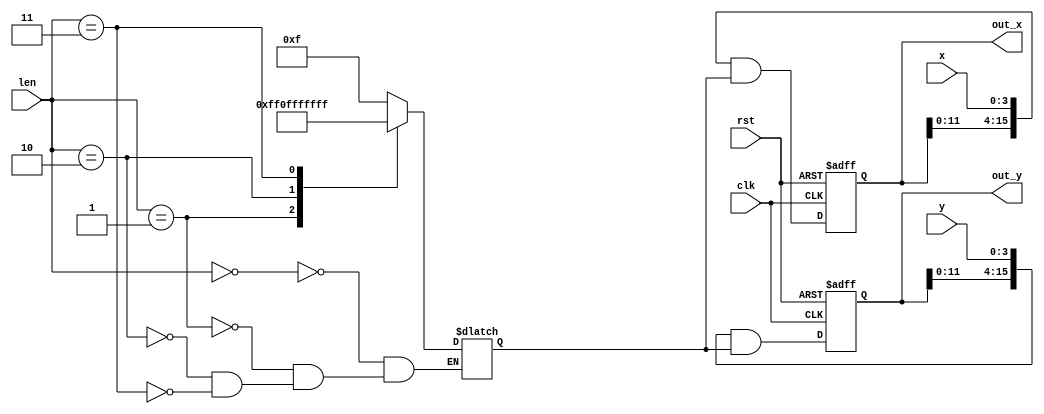
module Snake_Extend(
	clk,
	rst,
	len,
	x,
	y,
	out_x,
	out_y,
);

input clk;
input rst;

input [3:0] len;
input [3:0] x;
input [3:0] y;

output reg [15:0] out_x;
output reg [15:0] out_y;

reg [15:0] mask;

integer i;

always @(*) begin
	case(len)
	4'd0: mask = 16'hf;
	4'd1: mask = 16'hff;
	4'd2: mask = 16'hfff;
	4'd3: mask = 16'hffff;
	endcase
end


always @(posedge clk or negedge rst) begin
	if (!rst) begin
		out_x <= 8'd0;
		out_y <= 8'd0;
	end else begin
		out_x <= {out_x[11:0], x} & mask;
		out_y <= {out_y[11:0], y} & mask;
	end
end

endmodule